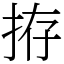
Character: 拵